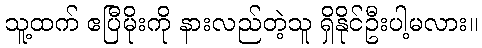
သူ့ထက် ဧပြီမိုးကို နားလည်တဲ့သူ ရှိနိုင်ဦးပါ့မလား။